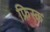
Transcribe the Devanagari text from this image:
फ्रिस्क